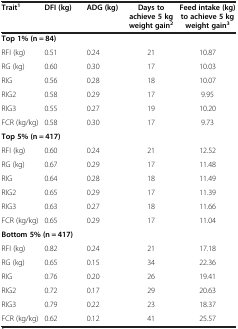
<table><thead><tr><td><b>Trait<sup>1</sup></b></td><td><b>DFI (kg)</b></td><td><b>ADG (kg)</b></td><td><b>Days to achieve 5 kg weight gain<sup>2</sup></b></td><td><b>Feed intake (kg) to achieve 5 kg weight gain<sup>3</sup></b></td></tr></thead><tbody><tr><td colspan="5"><b>Top 1% (n = 84)</b></td></tr><tr><td>RFI (kg)</td><td>0.51</td><td>0.24</td><td>21</td><td>10.87</td></tr><tr><td>RG (kg)</td><td>0.60</td><td>0.30</td><td>17</td><td>10.03</td></tr><tr><td>RIG</td><td>0.56</td><td>0.28</td><td>18</td><td>10.07</td></tr><tr><td>RIG2</td><td>0.58</td><td>0.29</td><td>17</td><td>9.95</td></tr><tr><td>RIG3</td><td>0.55</td><td>0.27</td><td>19</td><td>10.20</td></tr><tr><td>FCR (kg/kg)</td><td>0.58</td><td>0.30</td><td>17</td><td>9.73</td></tr><tr><td colspan="5"><b>Top 5% (n = 417)</b></td></tr><tr><td>RFI (kg)</td><td>0.60</td><td>0.24</td><td>21</td><td>12.52</td></tr><tr><td>RG (kg)</td><td>0.67</td><td>0.29</td><td>17</td><td>11.48</td></tr><tr><td>RIG</td><td>0.64</td><td>0.28</td><td>18</td><td>11.49</td></tr><tr><td>RIG2</td><td>0.65</td><td>0.29</td><td>17</td><td>11.39</td></tr><tr><td>RIG3</td><td>0.63</td><td>0.27</td><td>18</td><td>11.66</td></tr><tr><td>FCR (kg/kg)</td><td>0.65</td><td>0.29</td><td>17</td><td>11.04</td></tr><tr><td colspan="5"><b>Bottom 5% (n = 417)</b></td></tr><tr><td>RFI (kg)</td><td>0.82</td><td>0.24</td><td>21</td><td>17.18</td></tr><tr><td>RG (kg)</td><td>0.65</td><td>0.15</td><td>34</td><td>22.36</td></tr><tr><td>RIG</td><td>0.76</td><td>0.20</td><td>26</td><td>19.41</td></tr><tr><td>RIG2</td><td>0.72</td><td>0.17</td><td>29</td><td>20.63</td></tr><tr><td>RIG3</td><td>0.79</td><td>0.22</td><td>23</td><td>18.37</td></tr><tr><td>FCR (kg/kg)</td><td>0.62</td><td>0.12</td><td>41</td><td>25.57</td></tr></tbody></table>